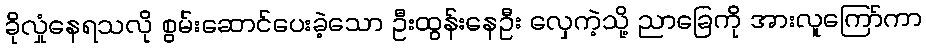
ခိုလှုံနေရသလို စွမ်းဆောင်ပေးခဲ့သော ဦးထွန်းနေဦး လှေကဲ့သို့ ညာခြေကို အားလူကြော်ကာ